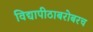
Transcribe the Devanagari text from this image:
विद्यापीठाबरोबरच